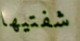
شفتيها